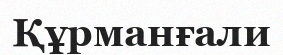
Құрманғали